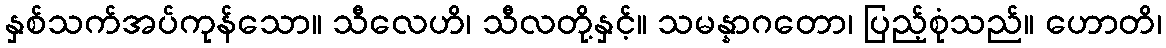
နှစ်သက်အပ်ကုန်သော။ သီလေဟိ၊ သီလတို့နှင့်။ သမန္နာဂတော၊ ပြည့်စုံသည်။ ဟောတိ၊